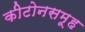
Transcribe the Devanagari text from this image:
कीटोनसमूह